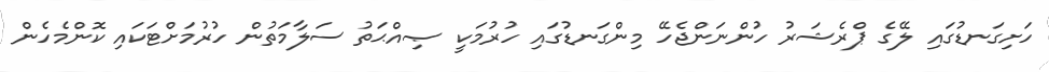
ހަށިގަނޑުގައި ލޭގެ ޕްރެޝަރު ހުންނަންޖެހޭ މިންގަނޑުގައި ހުރުމަކީ ޞިއްޙަތު ސަލާމަތުން ހުރުމަށްޓަކައި ކޮންމެހެން